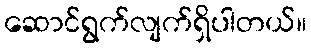
ဆောင်ရွက်လျက်ရှိပါတယ်။